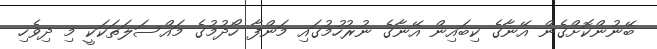
ބޭނުންކޮށްގެން އޭނާގެ ކިބައިން އޭނާގެ ނުރުހުމުގައި މަންފާ ހޯދުމުގެ މައްސަލަތަކަކީ މި ދިވެހި